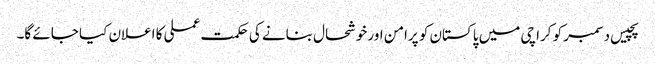
پچیس دسمبر کو کراچی میں پاکستان کو پرامن اور خوشحال بنانے کی حکمت عملی کا اعلان کیا جائے گا۔